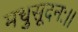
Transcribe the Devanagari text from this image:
मधुसूदनः।।